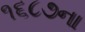
૧૬૮૭ના